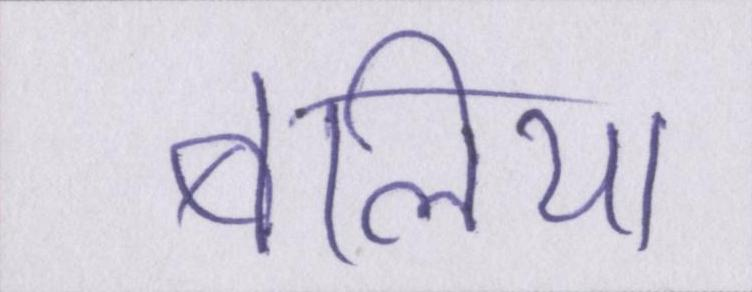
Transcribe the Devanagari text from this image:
बलिया